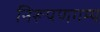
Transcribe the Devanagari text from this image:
निरूपणगम्य